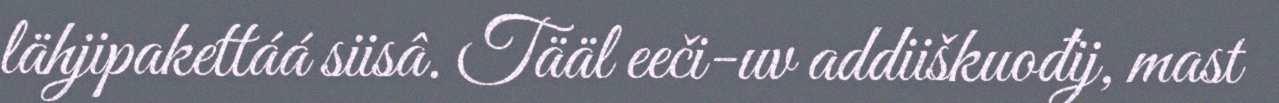
lähjipakettáá siisâ. Tääl eeči-uv addiiškuođij, mast